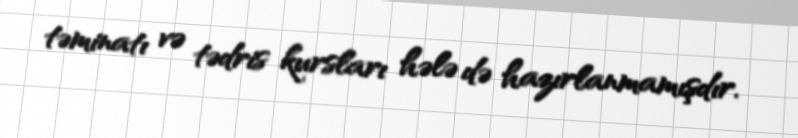
təminatı və tədris kursları hələ də hazırlanmamışdır.